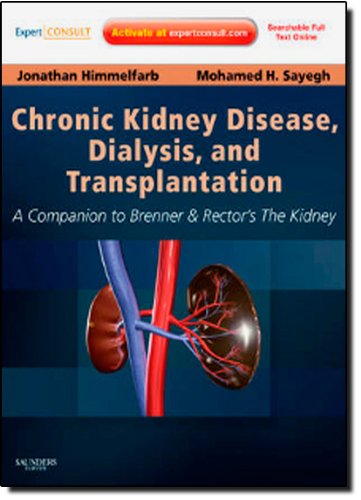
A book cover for Chronic Kidney Disease, Dialysis, and Transplantation: A Companion to Brenner and Rector's The Kidney - Expert Consult: Online and Print, 3e (Pereira, ... Disease, Dialysis, and Transplantation); Jonathan Himmelfarb MD; Medical Books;